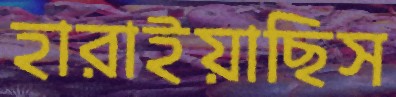
হারাইয়াছিস